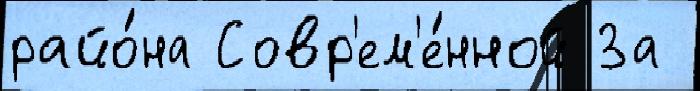
райо́на Совр'ем'е́нной За